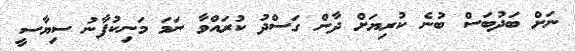
ނަށް ބަދުބަސް ބުނެ ކުރިޔަށް ދާން ގަސްދު ކުރައްވާ ނަމަ މަނިކުފާނު ސިޔާސީ